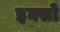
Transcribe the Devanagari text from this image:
इक्सो